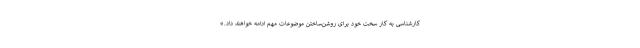
کارشناسی به کار سخت خود برای روشن‌ساختن موضوعات مهم ادامه خواهند داد.»